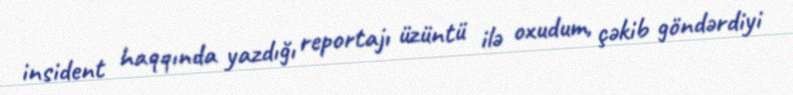
insident haqqında yazdığı reportajı üzüntü ilə oxudum, çəkib göndərdiyi